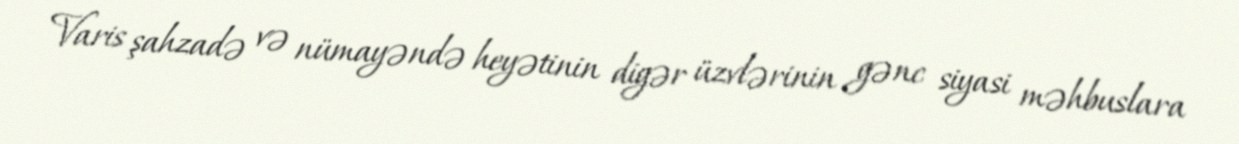
Varis şahzadə və nümayəndə heyətinin digər üzvlərinin gənc siyasi məhbuslara